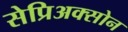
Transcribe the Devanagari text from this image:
सेप्रिअक्सोन